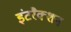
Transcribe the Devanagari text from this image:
इंटरैक्शन